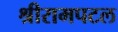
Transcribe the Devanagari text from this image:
श्रीरामपटल